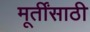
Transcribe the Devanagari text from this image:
मूर्तींसाठी